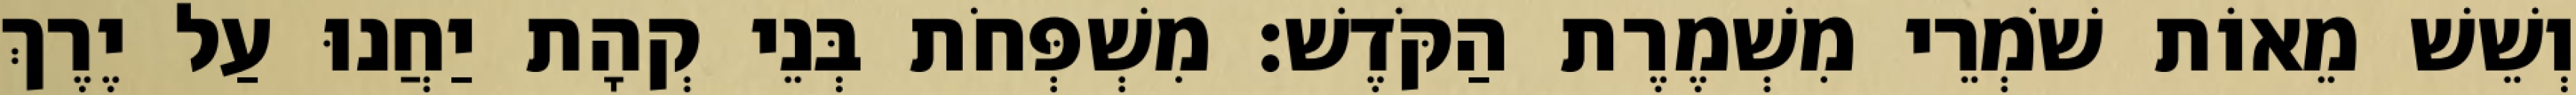
וְשֵׁשׁ מֵאוֹת שֹׁמְרֵי מִשְׁמֶרֶת הַקֹּדֶשׁ׃ מִשְׁפְּחֹת בְּנֵי קְהָת יַחֲנוּ עַל יֶרֶךְ